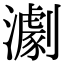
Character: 𤁴